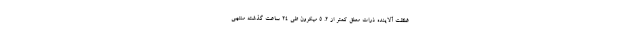
غلظت آلاینده ذرات معلق کمتر از ۲. ۵ میکرون طی ۲۴ ساعت گذشته منتهی